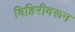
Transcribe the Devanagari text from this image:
विहिरीवरून